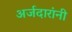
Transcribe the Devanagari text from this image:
अर्जदारांनी